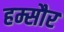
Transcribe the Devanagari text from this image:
हम्सौर